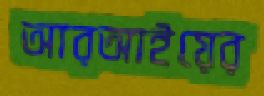
আরআইয়ের